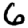
Digit: 6